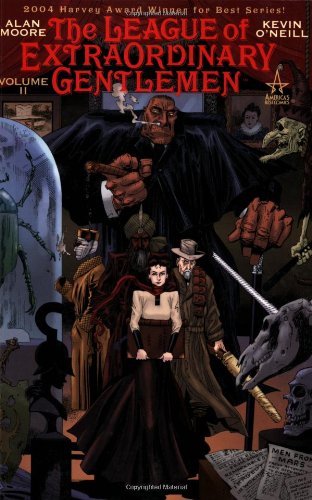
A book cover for The League of Extraordinary Gentlemen, Vol. 2; Alan Moore; Comics & Graphic Novels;